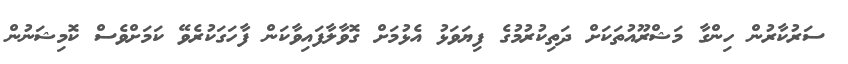
ސަރުކާރުން ހިންގާ މަޝްރޫއުތަކަށް ދަތިކުރުމުގެ ފިޔަވަޅު އެޅުމަށް ގޮވާލާފައިވާކަން ފާހަގަކުރެވޭ ކަމަށްވެސް ކޮމިޝަނުން